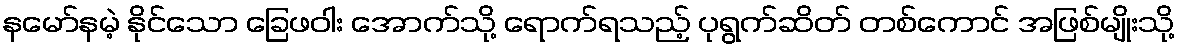
နမော်နမဲ့ နိုင်သော ခြေဖဝါး အောက်သို့ ရောက်ရသည့် ပုရွက်ဆိတ် တစ်ကောင် အဖြစ်မျိုးသို့